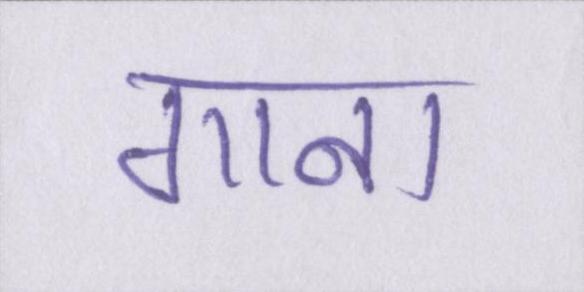
गाना